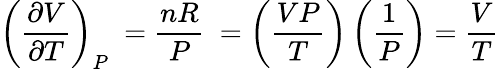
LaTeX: \left({\frac{\partial V}{\partial T}}\right)_{P}\ ={\frac{nR}{P}}\ =\left({\frac{VP}{T}}\right)\left({\frac{1}{P}}\right)={\frac{V}{T}}